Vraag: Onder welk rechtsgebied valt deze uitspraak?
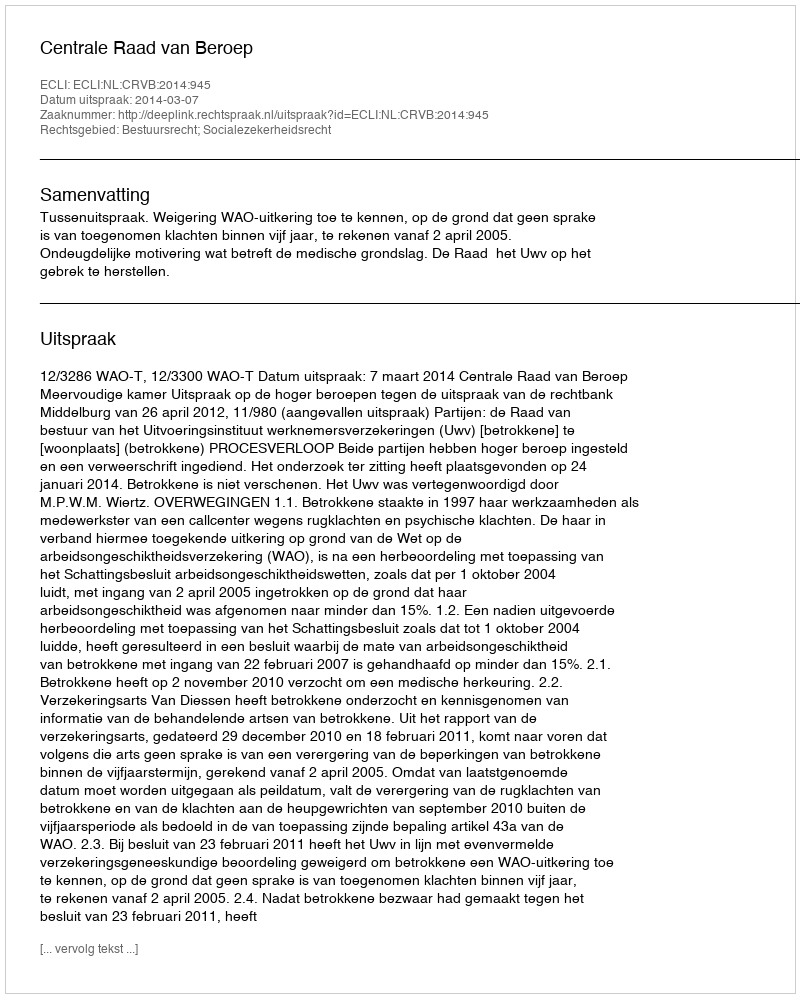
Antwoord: Bestuursrecht; Socialezekerheidsrecht